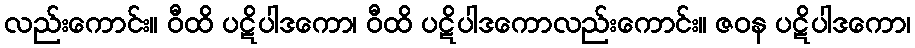
လည်းကောင်း။ ဝီထိ ပဋိပါဒကော၊ ဝီထိ ပဋိပါဒကောလည်းကောင်း။ ဇဝန ပဋိပါဒကော၊